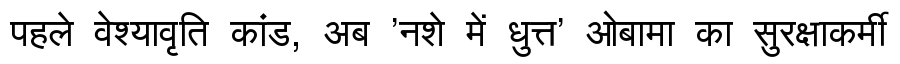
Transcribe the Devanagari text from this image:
पहले वेश्यावृति कांड, अब 'नशे में धुत्त' ओबामा का सुरक्षाकर्मी